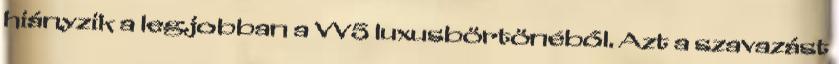
hiányzik a legjobban a VV5 luxusbörtönéből. Azt a szavazást